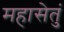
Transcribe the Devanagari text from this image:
महासेतुं